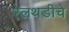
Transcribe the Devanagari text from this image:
ऐलथडीचे